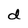
Character: d